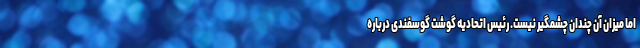
اما میزان آن چندان ‌چشمگیر نیست. رئیس اتحادیه گوشت گوسفندی درباره